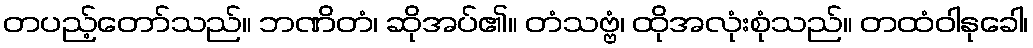
တပည့်တော်သည်။ ဘဏိတံ၊ ဆိုအပ်၏။ တံသဗ္ဗံ၊ ထိုအလုံးစုံသည်။ တထံဝါနုခေါ၊